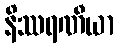
နိဿရဏီယာ